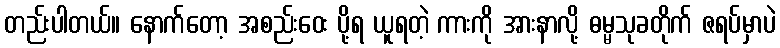
တည်းပါတယ်။ နောက်တော့ အစည်းဝေး ပို့ရ ယူရတဲ့ ကားကို အားနာလို့ ဓမ္မသုခတိုက် ဇရပ်မှာပဲ